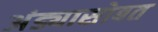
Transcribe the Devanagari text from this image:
अंड्यासोबत